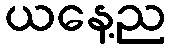
ယနေ့ည